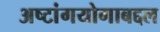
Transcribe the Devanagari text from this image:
अष्टांगयोगाबद्दल